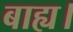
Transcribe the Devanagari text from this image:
बाह्य।